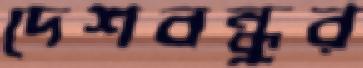
দেশবন্ধুর